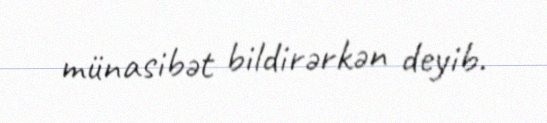
münasibət bildirərkən deyib.